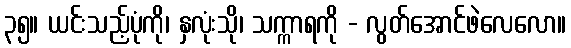
၃၅။ ယင်းသည့်ပုံကို၊ နှလုံးသို၊ သက္ကာရကို - လွတ်အောင်ဖဲလေလော။